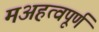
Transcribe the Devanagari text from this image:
मअहत्वपूर्ण